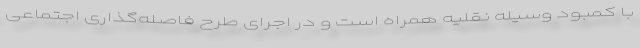
با کمبود وسیله نقلیه همراه است و در اجرای طرح فاصله‌گذاری اجتماعی